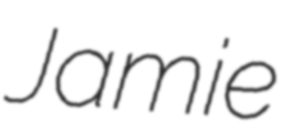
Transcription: Jamie